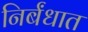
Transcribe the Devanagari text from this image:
निर्बंधात